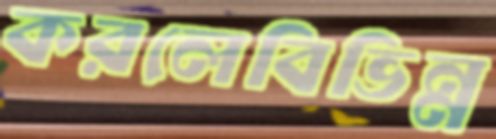
করলেবিভিন্ন